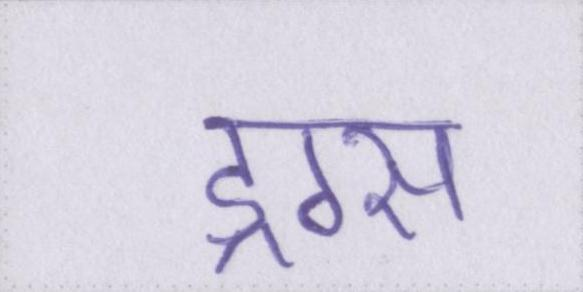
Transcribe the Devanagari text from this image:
ड्रग्स